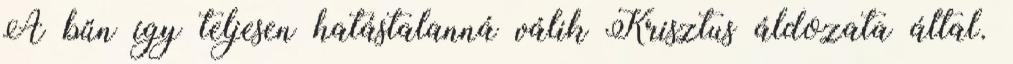
A bűn így teljesen hatástalanná válik Krisztus áldozata által.